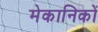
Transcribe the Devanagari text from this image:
मेकानिकों